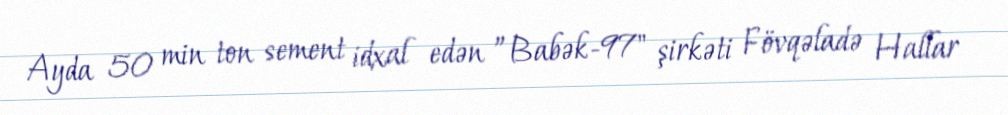
Ayda 50 min ton sement idxal edən ”Babək-97" şirkəti Fövqəladə Hallar